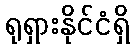
ရုရှားနိုင်ငံရှိ